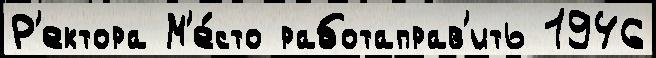
Р'ектора М'е́сто работаправ'ить 1946